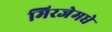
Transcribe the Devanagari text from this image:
मिरजेमधे